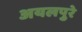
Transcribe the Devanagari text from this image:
अयलपुरे